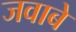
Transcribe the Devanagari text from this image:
जवाबे